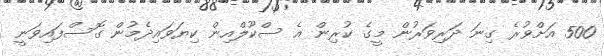
500 އަށްވުރެ ގިނަ ދަރިވަރުން މީގެ ކުރިން އެ ސްކޫލްއިން ކިޔަވައިދެމުން ގޮސްފައިވަނީ